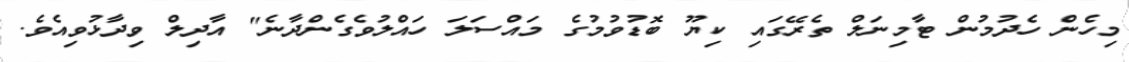
މިހެން ހެދުމުން ޓާމިނަލް ތެރޭގައި ކިޔޫ ބޮޑުވުމުގެ މައްސަލަ ހައްލުވެގެންދާނެ" އާދިލް ވިދާޅުވިއެވެ.